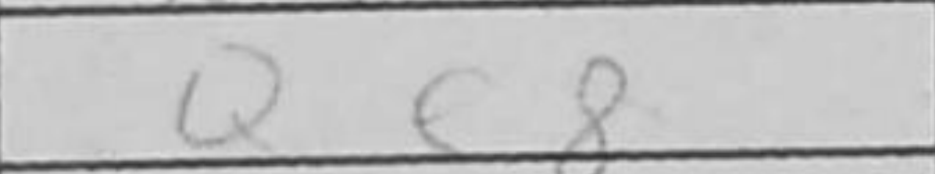
Transcription: Qe8